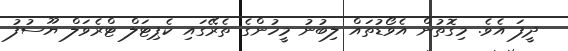
ދީފަ އެވެ. މިގޮތުން އެވޯޑުތައް ލިބުނު މީހުންގެ ތެރޭގައި ކެޕިޓަލް ޓްރެވަލް ޔޫސުފު